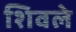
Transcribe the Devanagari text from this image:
शिवले